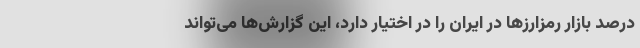
درصد بازار رمزارزها در ایران را در اختیار دارد، این گزارش‌ها‌ می‌تواند